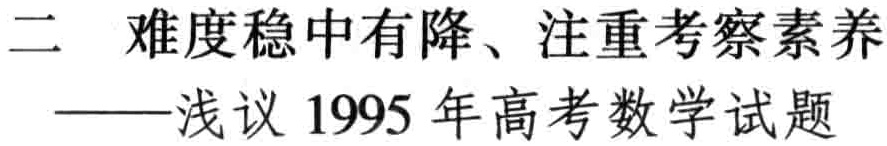
二 难度稳中有降、注重考察素养

——浅议 1995 年高考数学试题